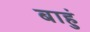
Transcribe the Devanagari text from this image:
बाहुं